Lunatic asylums Central Provinces reports 1910-1926 - 1910-1926
Year: 1910
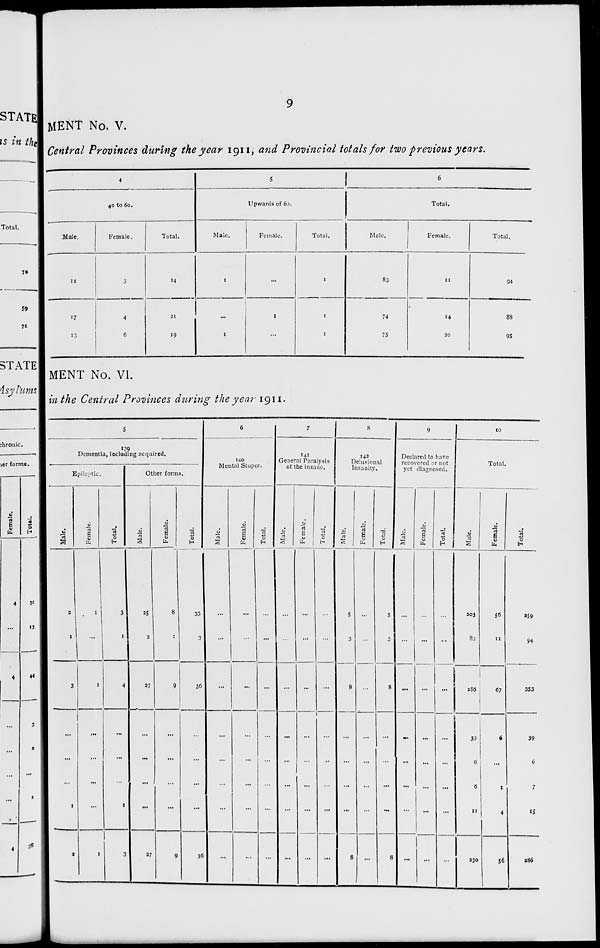
9
MENT No. V.
Central Provinces during the year 1911, and Provincial totals for two previous years.
4
40 to 60.
Male.
11
17
13
Female.
3
4
6
Total.
14
21
19
5
Upwards of 60.
Male.
1
...
1
Female.
...
1
...
Total.
1
1
1
6
Total.
Male.
83
74
75
Female.
11
14
20
Total.
94
88
95
MENT No. VI.
in the Central Provinces during the year 1911.
5
139
Dementia, Including acquired.
Epileptic.
Male.
2
1
3
...
...
...
1
2
Female.
1
...
1
...
...
...
...
1
Total.
3
1
4
...
...
...
1
3
Other forms.
Male.
25
2
27
...
...
...
...
27
Female.
8
1
9
...
...
...
...
9
Total.
33
3
36
...
...
...
...
36
6
140
Mental Stupor.
Male.
...
...
...
...
...
...
...
...
Female.
...
...
...
...
...
...
...
...
Total.
...
...
...
...
...
...
...
...
7
141
General Paralysis
of the insane.
Male.
...
...
...
...
...
...
...
...
Female.
...
...
...
...
...
...
...
...
Total.
...
...
...
...
...
...
...
...
8
143
Delusional
Insanity.
Male.
5
3
8
...
...
...
...
8
Female.
...
...
...
...
...
...
...
...
Total.
5
3
8
...
...
...
...
8
9
Declared to have
recovered or not
yet diagnosed.
Male.
...
...
...
...
...
...
...
...
Female.
...
...
...
...
...
...
...
...
Total.
...
...
...
...
...
...
...
...
10
Total.
Male.
203
83
286
33
6
6
11
230
Female.
56
11
67
6
...
1
4
56
Total.
259
94
353
39
6
7
15
286